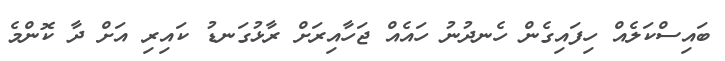
ބައިސްކަލެއް ހިފައިގެން ހެނދުނު ހައެއް ޖަހާއިރަށް ރާޅުގަނޑު ކައިރި އަށް ދާ ކޮންމެ